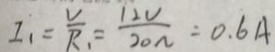
I _ { 1 } = \frac { V } { R _ { 1 } } = \frac { 1 2 V } { 2 o \Omega } = 0 . 6 A